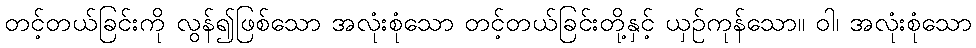
တင့်တယ်ခြင်းကို လွန်၍ဖြစ်သော အလုံးစုံသော တင့်တယ်ခြင်းတို့နှင့် ယှဉ်ကုန်သော။ ဝါ၊ အလုံးစုံသော